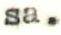
sa.